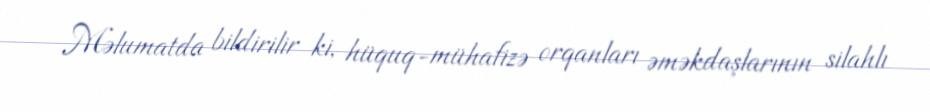
Məlumatda bildirilir ki, hüquq-mühafizə orqanları əməkdaşlarının silahlı